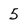
Character: 5